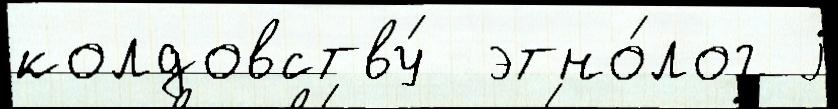
колдовству́  этно́лог j